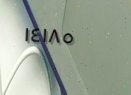
١٤١٨٥